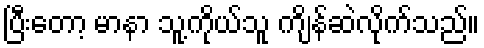
ပြီးတော့ မာနာ သူ့ကိုယ်သူ ကျိန်ဆဲလိုက်သည်။